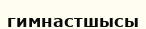
гимнастшысы